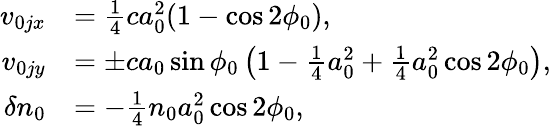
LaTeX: \begin{array}{rl}{v_{0jx}}&{=\frac{1}{4}ca_{0}^{2}(1-\cos 2\phi_{0}),}\\ {v_{0jy}}&{=\pm ca_{0}\sin\phi_{0}\left(1-\frac{1}{4}a_{0}^{2}+\frac{1}{4}a_{0}^{2}\cos 2\phi_{0}\right),}\\ {\delta n_{0}}&{=-\frac{1}{4}n_{0}a_{0}^{2}\cos 2\phi_{0},}\end{array}